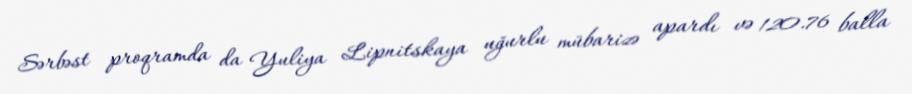
Sərbəst proqramda da Yuliya Lipnitskaya uğurlu mübarizə apardı və 120.76 balla